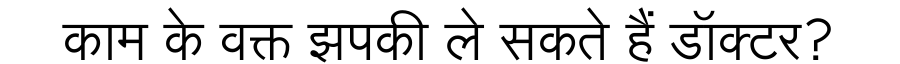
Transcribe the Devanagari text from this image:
काम के वक्त झपकी ले सकते हैं डॉक्टर?